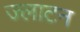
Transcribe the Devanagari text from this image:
ज्लाटन